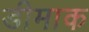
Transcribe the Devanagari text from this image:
डीमाक